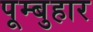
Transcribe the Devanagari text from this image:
पूम्बुहार